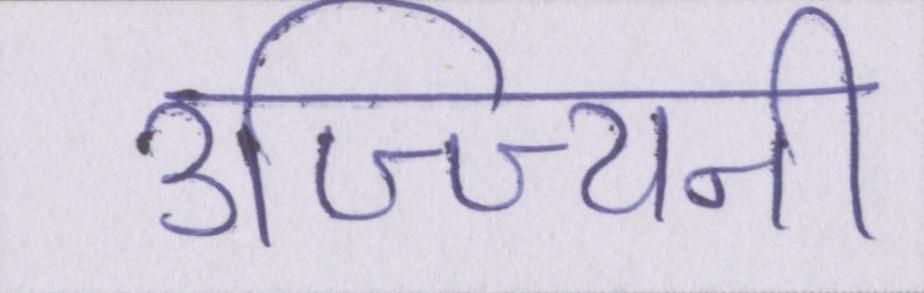
उज्ज्यिनी